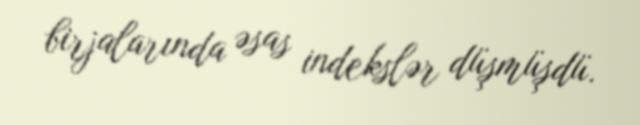
birjalarında əsas indekslər düşmüşdü.